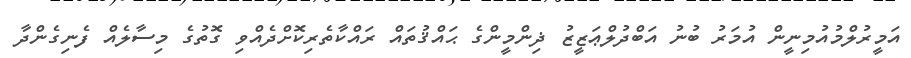
އަމީރުލްމުއުމިނީން އުމަރު ބުނު އަބްދުލްޢަޒީޒު ޛިންމީންގެ ޙައްޤުތައް ރައްކާތެރިކޮށްދެއްވި ގޮތުގެ މިސާލެއް ފެނިގެންދާ